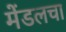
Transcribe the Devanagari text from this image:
मेंडलचा